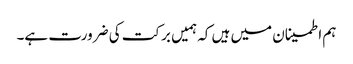
ہم اطمینان میں ہیں کہ ہمیں برکت کی ضرورت ہے۔